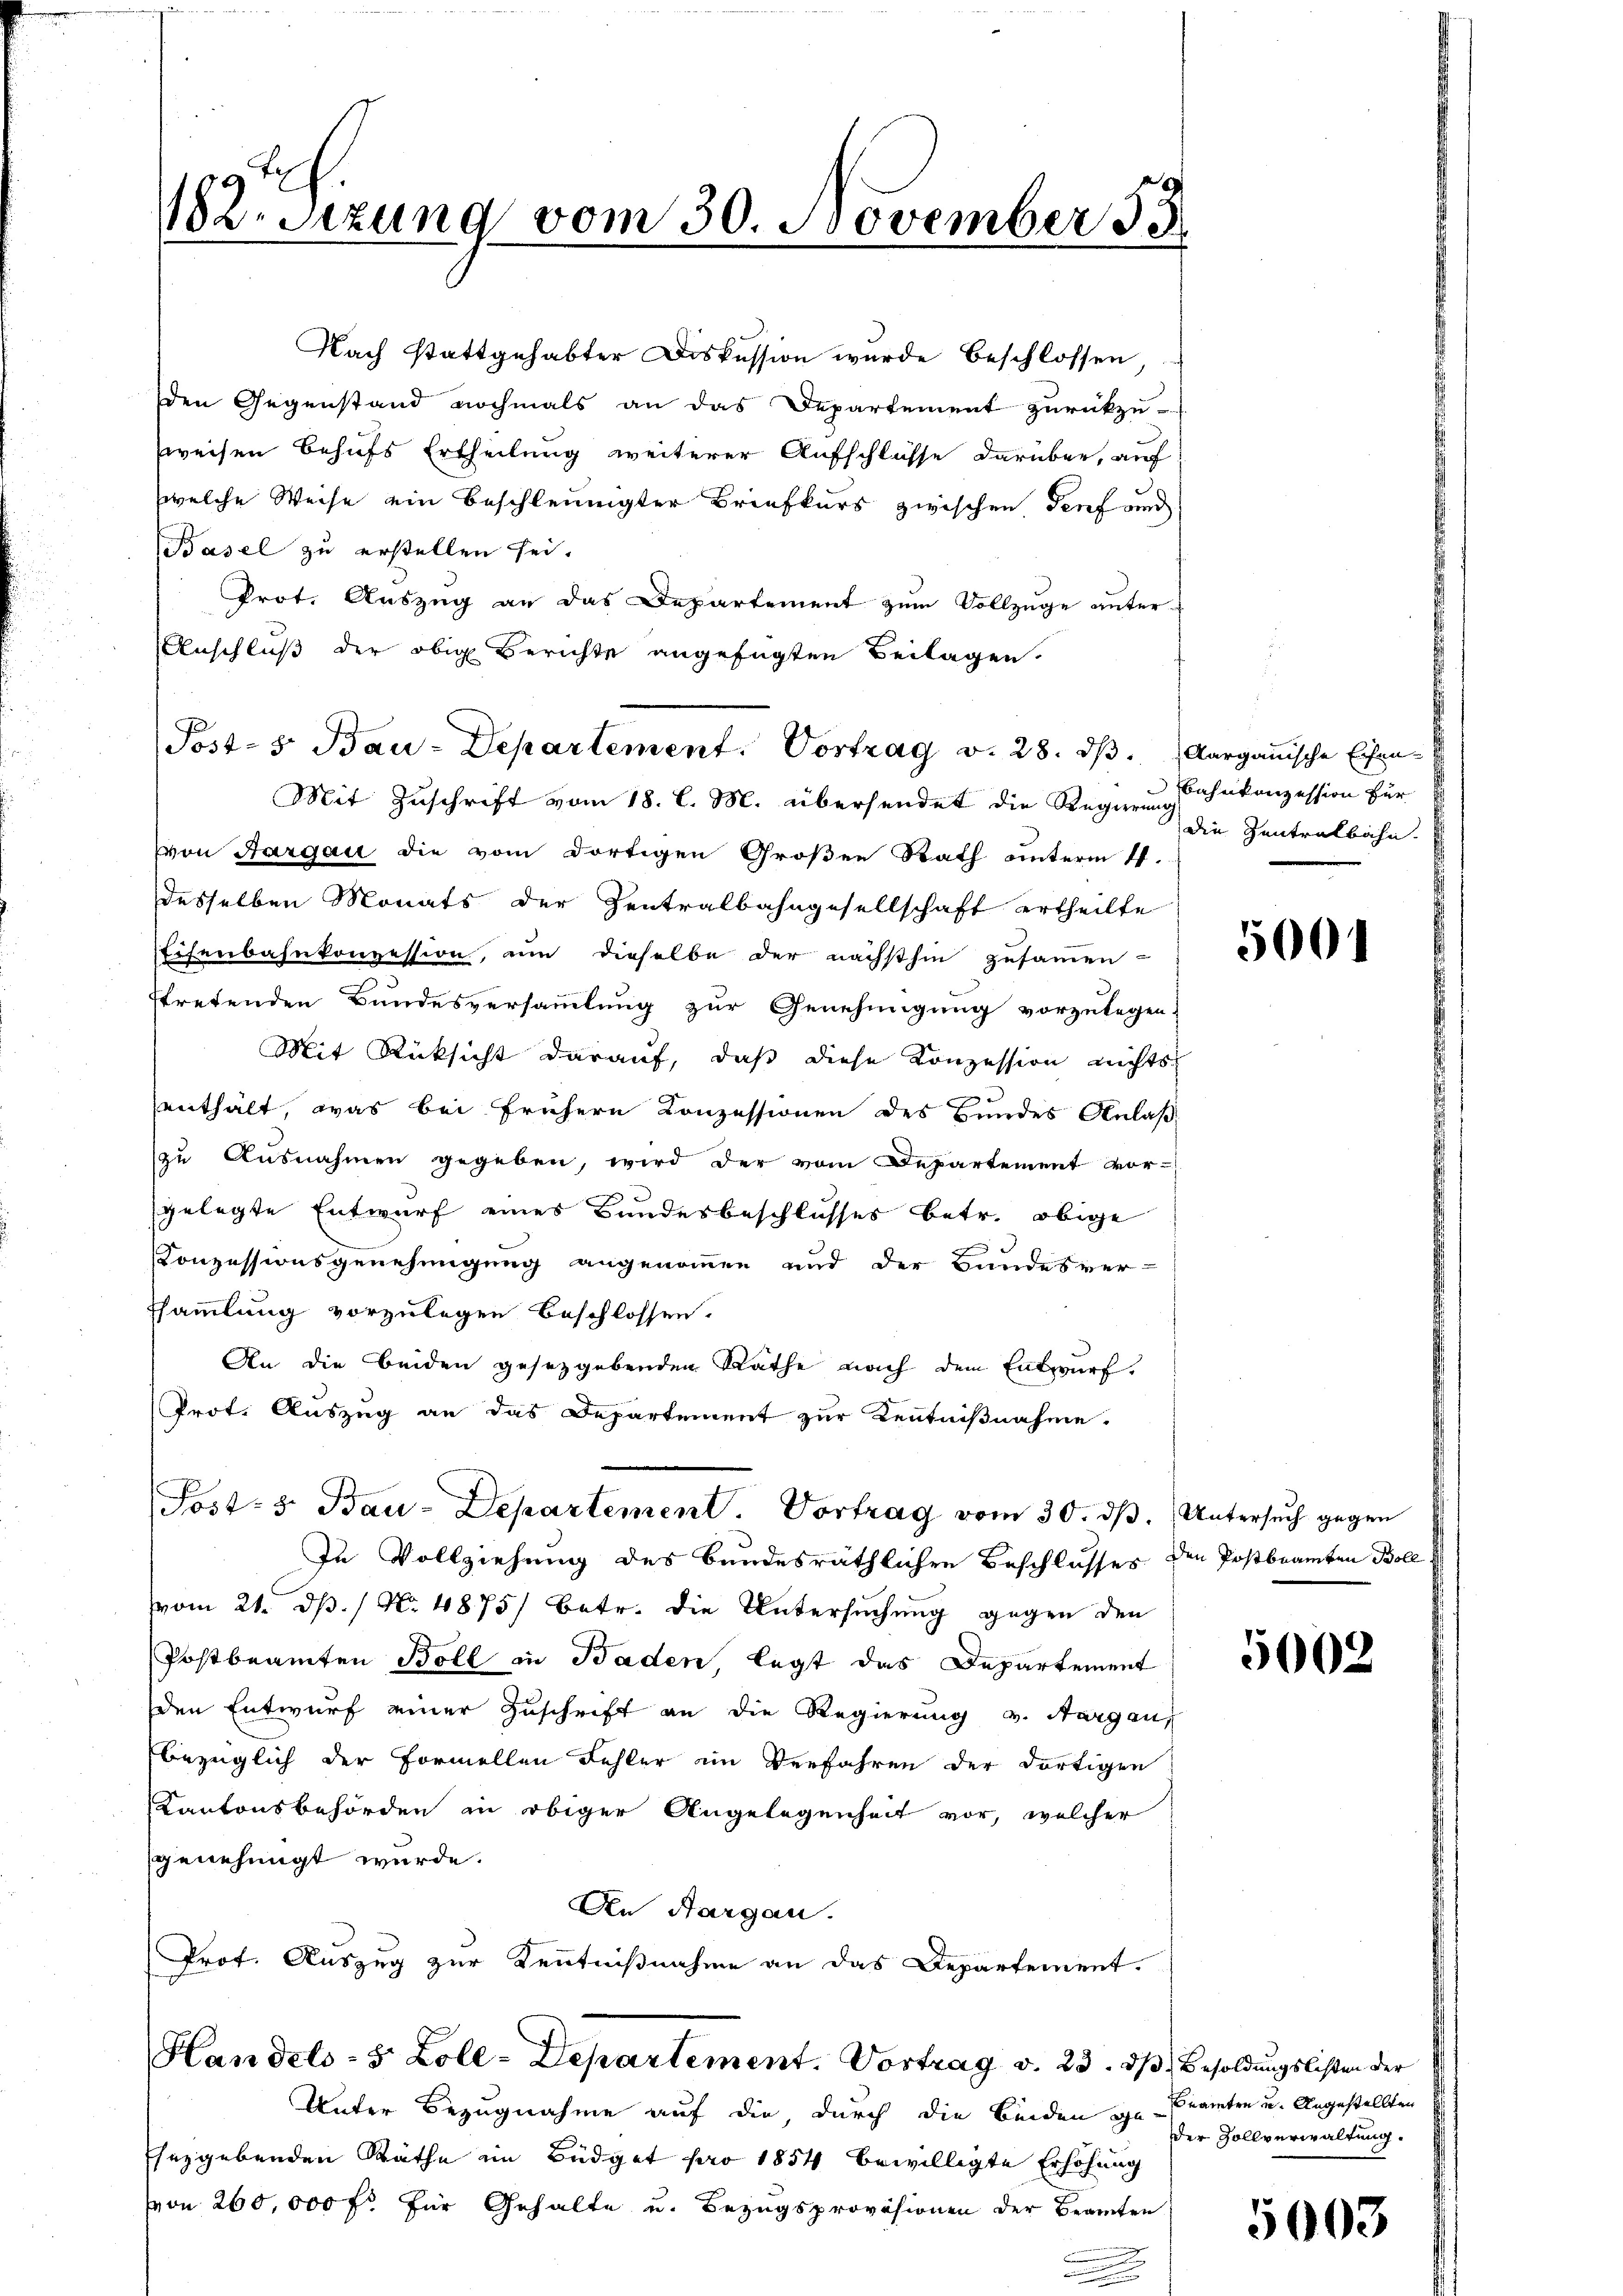
Mit Zuschrift vom 18. l. M. übersendet die Regierung hekonzession für
von Aargau die vom dortigen Großen Rath unterm 11.
desselben Monats der Zentralbahngesellschaft ertheilte
Eisenbahnkonzession, um dieselbe der nächsthin zusammen-
stretenden Bundesversammlung zur Genehmigung vorzulegen.
Mit Rücksicht darauf, daβ diese Konzession nichts
enthält, was bei frühern Konzessionen des Bundes Anlaßzu Ausnahmen gegeben, wird der vom Departement vor-
gelegte Entwurf eines Bundesbeschlusses betr. obige
Conzessionsgenehmigung angenommen und der Bundesver-
ssammlung vorzulegen beschlossen.
An die beiden gesetzgebenden Rathe nach dem Entwurf,
Prot. Auszug an das Departement zur Kenntnißnahme.
Sost- & Bau-Departement. Vortrag vom 30. dβ. Untersuch gegen
In Vollziehung des bundesräthlichen Beschlusses den Postbeamten Boll
vom 21. d. / No. 4875) Betr. die Untersuchung gegen den
Postbeamten Boll in Baden legt das Departement
den Entwurf einer Zuschrift an die Regierung v. Aargau,
bezüglich der Formellen Fehler ein Verfahren der dortigen
Kantonsbehörden in obiger Angelegenheit vor, welcher
genehmigt wurde.
An Aargau.
Prof. Auszug zur Kenntnißnahme an das Departement.

182. Sezung vom 30. November 33.

Nach stattgehabter Diskussion wurde beschlossen,
den Gegenstand nochmals an das Departement zurückzu-
sweisen behufs Ertheilung weiterer Aufschlüsse darüber, auf
welche Weise ein beschleunigter Briefkurs zwischen Genf und
Basel zu erstellen sei.
Prot. Auszug an das Departement zum Vollzüge unter
Anschluß der obig Berichte angefügten Beilagen.

Post- 8. Bau-Departement. Vortrag v. 28. ds. Aargauische Eisen¬

Handels-S. Zoll-Departement. Vortrag v. 23. d. Besoldungslisten der

Unter Bezugnahme auf die, durch die Beiden in Beamten u. Angestellten
Ehezgebenden Räthe im Büdget pro 1854 bewilligte Erhöhung
von 260,000 fr für Gehalte u. Bezugsprovisionen der Beamten

die Zentralbahn.

5001

5002

der Zollverwaltung.

5003